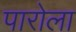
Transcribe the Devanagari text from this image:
पारोला